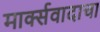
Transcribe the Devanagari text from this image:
मार्क्‍सवादाचा